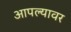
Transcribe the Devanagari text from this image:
आपल्‍यावर